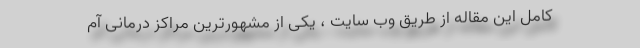
کامل این مقاله از طریق وب سایت ، یکی از مشهورترین مراکز درمانی آم